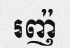
រញ៉